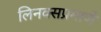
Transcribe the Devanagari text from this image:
लिनक्सप्रमाणे